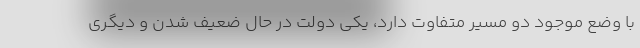
با وضع موجود دو مسیر متفاوت دارد، یکی دولتِ در حال ضعیف شدن و دیگری